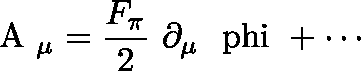
\mathrm { \boldmath ~ A ~ } _ { \mu } = \frac { F _ { \pi } } { 2 } ~ \partial _ { \mu } \mathrm { \boldmath ~ \ p h i ~ } + \cdots